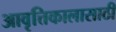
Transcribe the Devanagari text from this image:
आवृत्तिकालासाठी